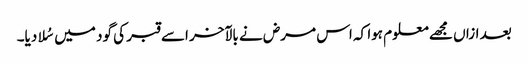
بعد ازاں مجھے معلوم ہوا کہ اس مرض نے بالآخر اسے قبر کی گود میں سُلا دیا۔